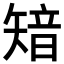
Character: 𥏮